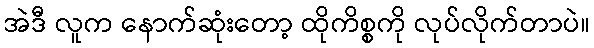
အဲဒီ လူက နောက်ဆုံးတော့ ထိုကိစ္စကို လုပ်လိုက်တာပဲ။